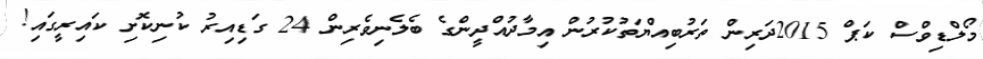
މޯލްޑިވްސް ކަޕް 2015ދަރިން ތަރުބިއްޔަތުކުރުން އިމާދުއްދީންގެ ބެލެނިވެރިން 24 ގަޑިއިރު ކުނިކޮށި ކައިރީގައި!